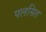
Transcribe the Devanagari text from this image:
पलसित